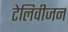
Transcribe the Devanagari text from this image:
टेलिवीजन